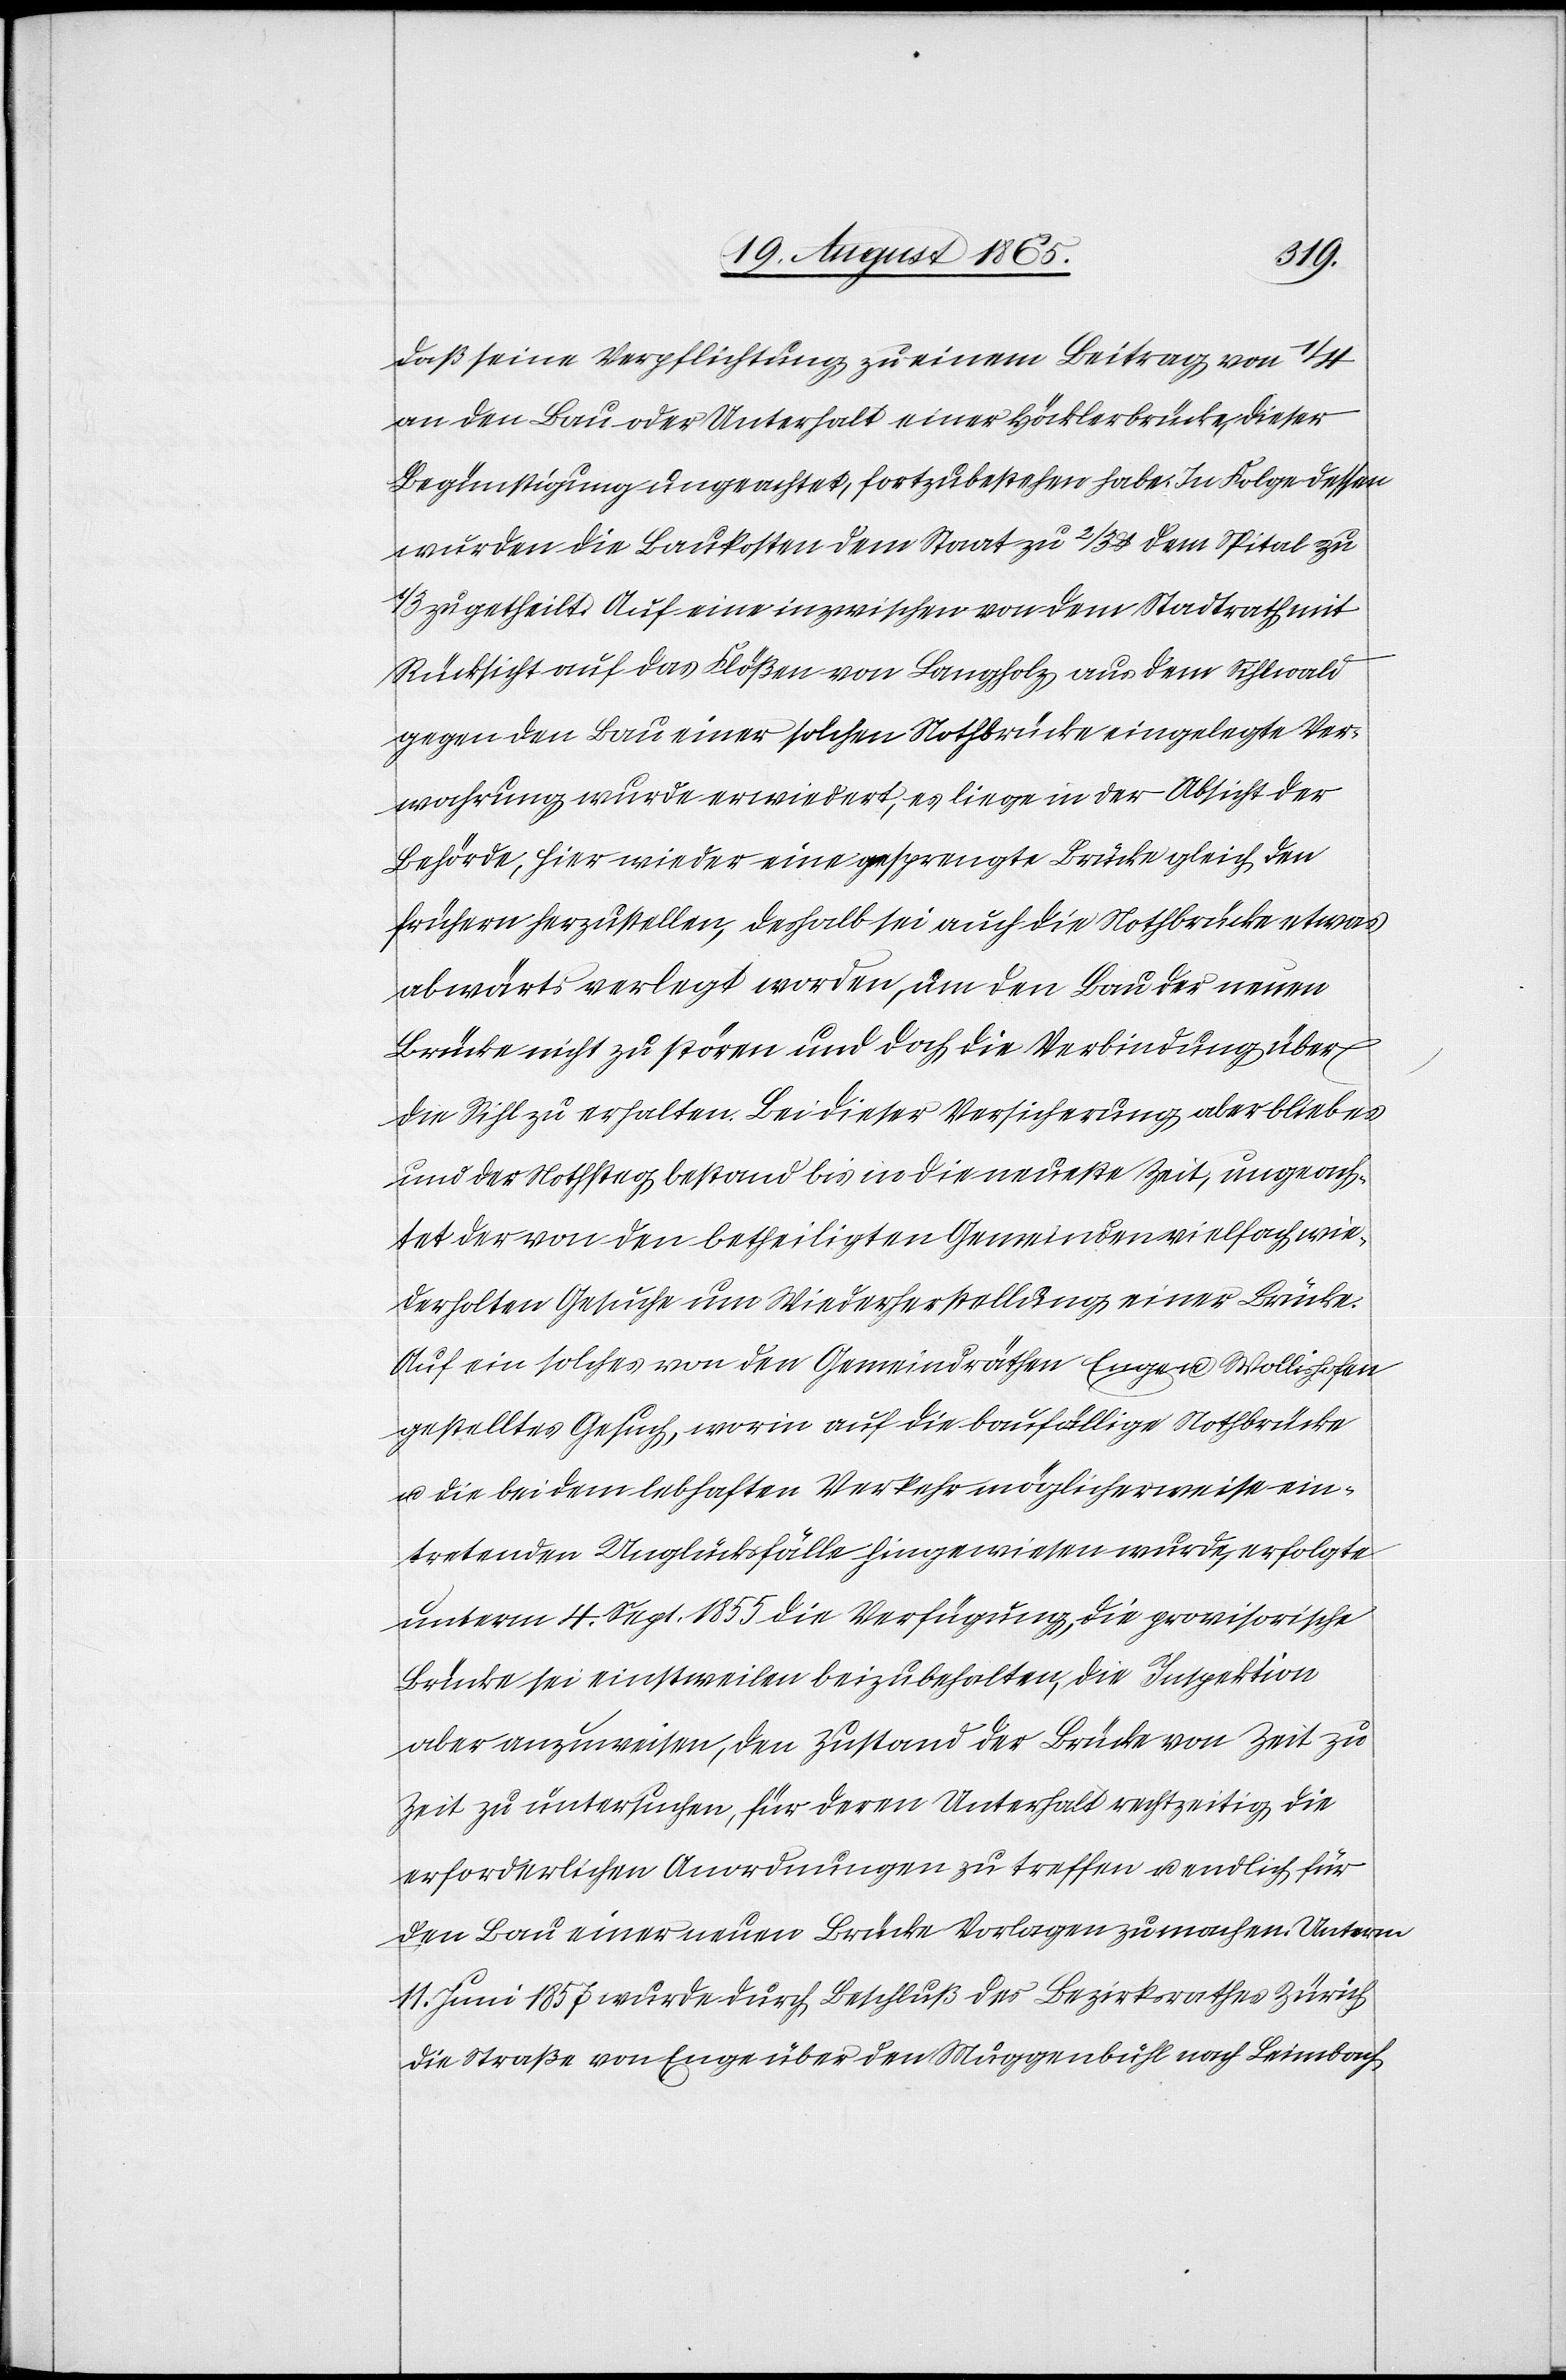
daß seine Verpflichtung zu einem Beitrag von 1/4
an den Bau oder Unterhalt einer Höcklerbrücke, dieser
Begünstigung ungeachtet, fortzubestehen habe. In Folge dessen
wurden die Baukosten dem Staat zu 2/3 u. dem Spital zu
1/3 zugetheilt. Auf eine inzwischen von dem Stadtrath mit
Rücksicht auf das Flößen von Langholz aus dem Sihlwald
gegen den Bau einer solchen Nothbrücke eingelegte Ver¬
wahrung wurde erwiedert, es liege in der Absicht der
Behörde, hier wieder eine gesprengte Brücke gleich den
frühern herzustellen, deshalb sei auch die Nothbrücke etwas
abwärts verlegt worden, um den Bau der neuen
Brücke nicht zu stören und doch die Verbindung über
die Sihl zu erhalten. Bei dieser Versicherung aber blieb es
und der Nothsteg bestand bis in die neueste Zeit, ungeach¬
tet der von den betheiligten Gemeinden vielfach wie¬
derholten Gesuche um Wiederherstellung einer Brücke.
Auf ein solches von den Gemeindräthen Enge u. Wollishofen
gestelltes Gesuch, worin auf die baufällige Nothbrücke
u. die bei dem lebhaften Verkehr möglicherweise ein¬
tretenden Unglücksfälle hingewiesen wurde, erfolgte
unterm 4. Sept. 1855 die Verfügung, die provisorische
Brücke sei einstweilen beizubehalten, die Inspektion
aber anzuweisen, den Zustand der Brücke von Zeit zu
Zeit zu untersuchen, für deren Unterhalt rechtzeitig die
erforderlichen Anordnungen zu treffen u. endlich für
den Bau einer neuen Brücke Vorlagen zu machen. Unterm
11. Juni 1857 wurde durch Beschluß, der Bezirksrathes Zürich
die Straße von Enge über den Muggenbühl nach Leimbach